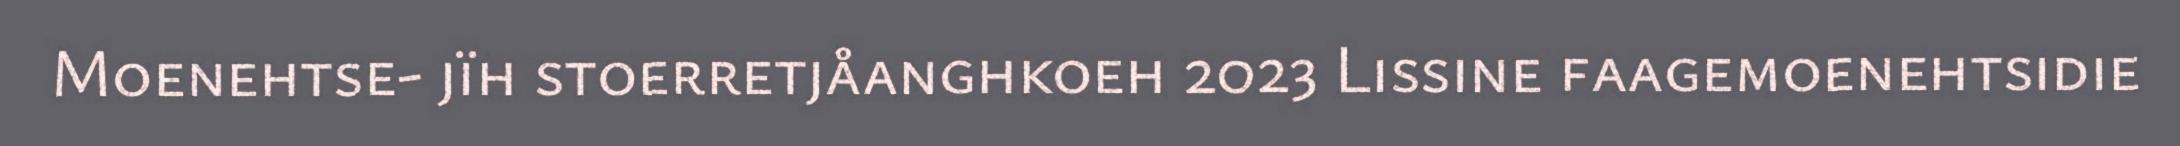
Moenehtse- jïh stoerretjåanghkoeh 2023 Lissine faagemoenehtsidie